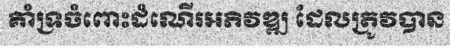
គាំទ្រចំពោះដំណើរអភិវឌ្ឍ ដែលត្រូវបាន